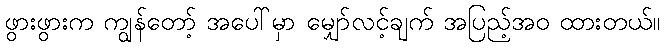
ဖွားဖွားက ကျွန်တော့် အပေါ်မှာ မျှော်လင့်ချက် အပြည့်အဝ ထားတယ်။